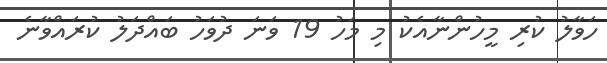
ހަވާލު ކުރި މީހުންނާއެކު މި މަހު 19 ވަނަ ދުވަހު ބައްދަލު ކުރައްވާނެ